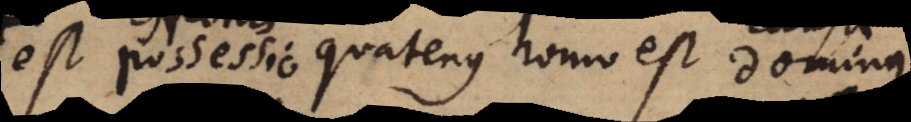
est possessio quatenus homo est calor